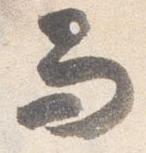
而